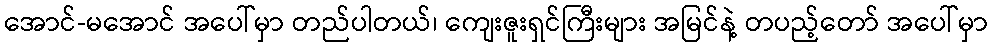
အောင်-မအောင် အပေါ်မှာ တည်ပါတယ်၊ ကျေးဇူးရှင်ကြီးများ အမြင်နဲ့ တပည့်တော် အပေါ်မှာ